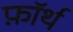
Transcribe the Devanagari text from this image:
फ़ाॅर्थ